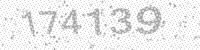
Solution: 174139